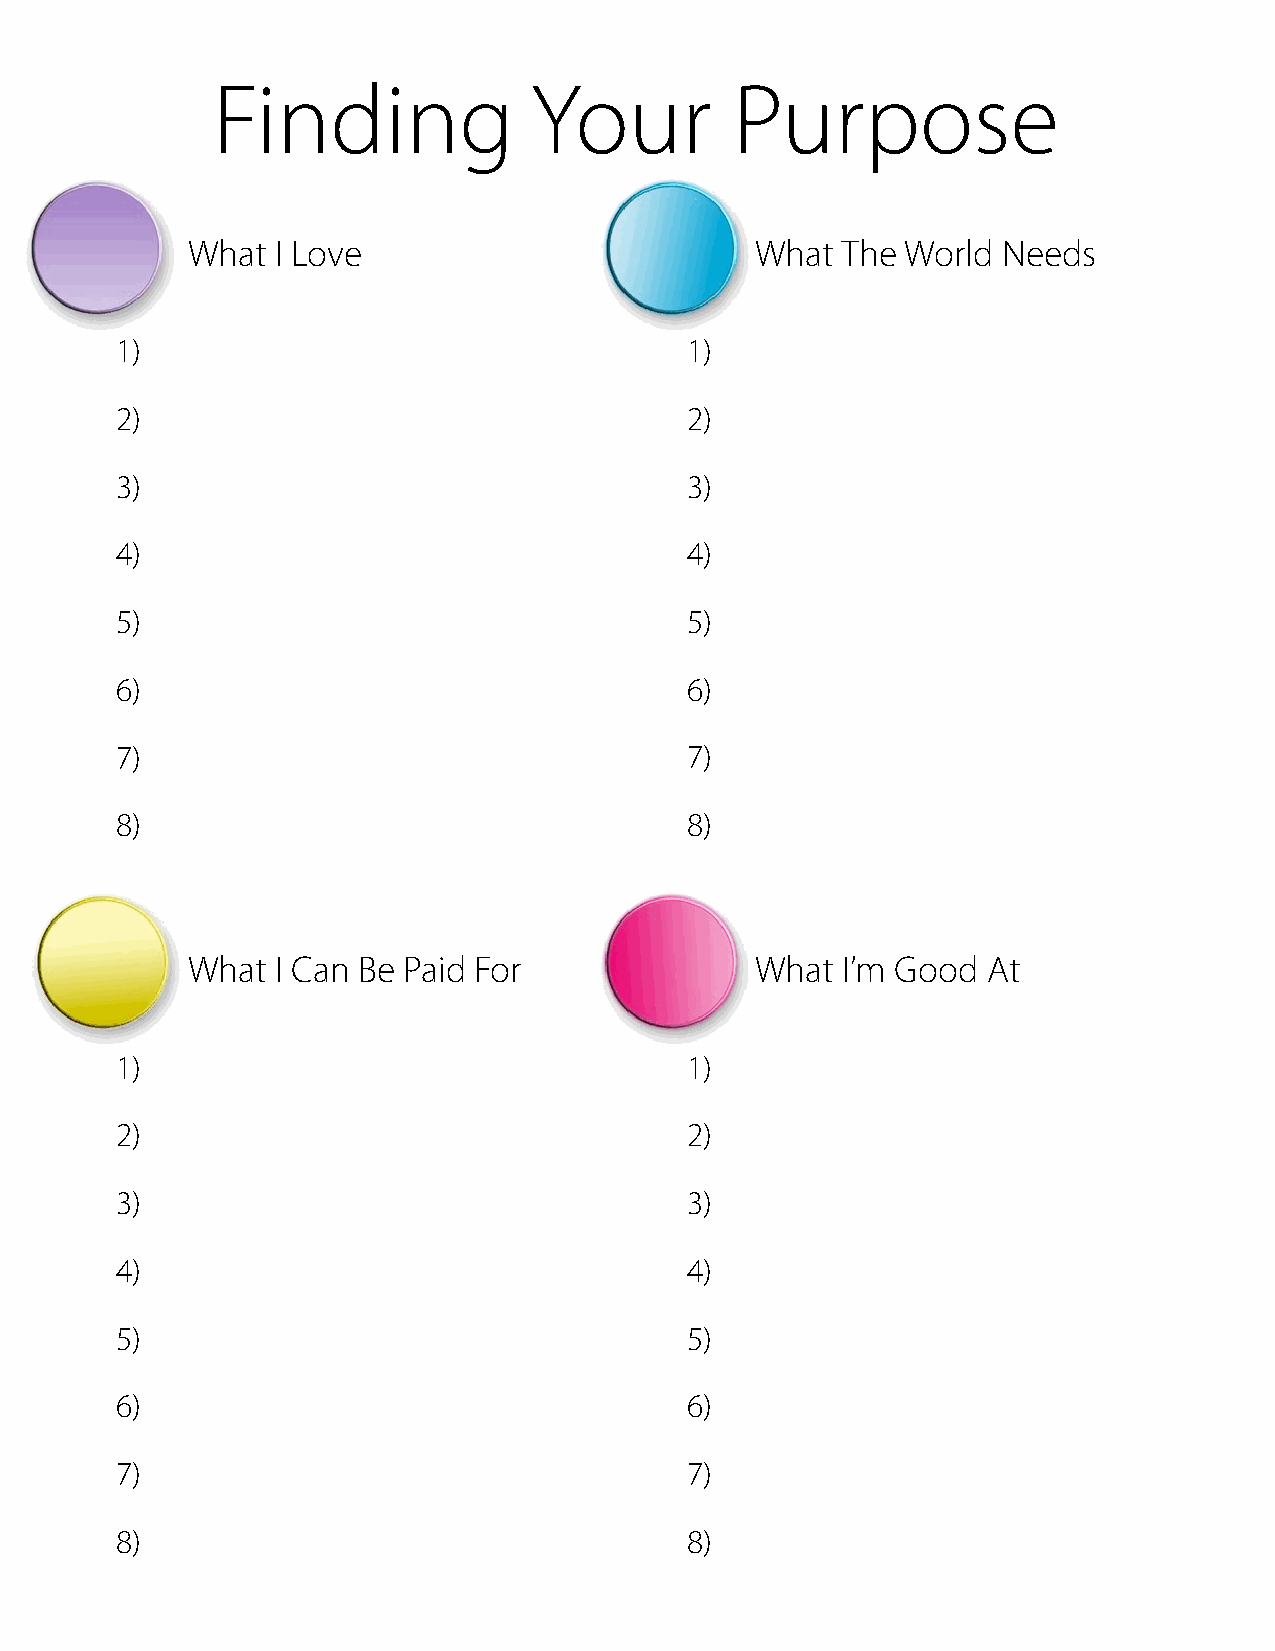
Finding              Your          Purpose
 What  I Love                          What  The World Needs
 1)                                   1)
 2)                                   2)
 3)                                   3)
 4)                                   4)
 5)                                   5)
 6)                                   6)
 7)                                   7)
 8)                                   8)
 What  I Can Be Paid For               What  I’m Good At
 1)                                   1)
 2)                                   2)
 3)                                   3)
 4)                                   4)
 5)                                   5)
 6)                                   6)
 7)                                   7)
 8)                                   8)